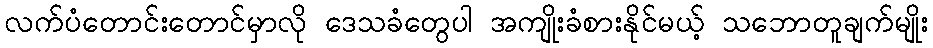
လက်ပံတောင်းတောင်မှာလို ဒေသခံတွေပါ အကျိုးခံစားနိုင်မယ့် သဘောတူချက်မျိုး